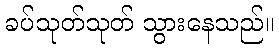
ခပ်သုတ်သုတ် သွားနေသည်။